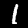
Digit: 1